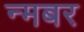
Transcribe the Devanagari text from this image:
न्मबर